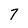
Character: 7